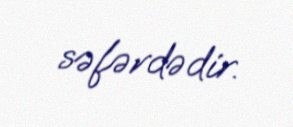
səfərdədir.